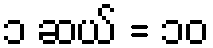
၁ ဆယ် = ၁၀